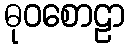
ဓုဝစောဠာ